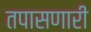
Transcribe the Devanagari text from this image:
तपासणारी